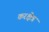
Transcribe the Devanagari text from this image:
करक्षेत्र